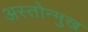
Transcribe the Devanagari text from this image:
अस्तोन्मुख